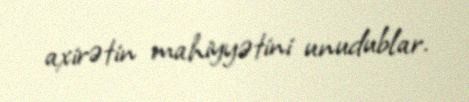
axirətin mahiyyətini unudublar.